system: You are a helpful assistant.
user:
Analyze the provided spectrum to determine if it is a **M-type Giant (gM)**.

A M-type Giant spectrum is defined by its **strong molecular absorption** features, particularly from **Titanium Oxide (TiO)**. You must check for one of the following mutually exclusive signatures:

- **Key Visual Indicators (Absorption-Dominated Spectrum):**

    - **(Primary):** The spectrum is dominated by strong molecular absorption from **Titanium Oxide (TiO)**. This is the **defining feature** of its M-type temperature class.
        - **(Key Bandheads):** Look for sharp, "saw-tooth" absorption valleys. The strongest are located near **~7050 Å**, **~6160 Å**, and **~5170 Å**.
        - **(Line Profile):** The "saw-tooth" morphology is critical: a **sharp, steep drop on the BLUE (short-wavelength) side** of the bandhead, followed by a gradual recovery (rising flux) towards the RED (long-wavelength) side.

    - **(Key Confirmation - Giant vs. Dwarf):** **ABSENCE** of strong **Calcium Hydride (CaH)** molecular bands. This is the primary diagnostic for *excluding* M-dwarfs.
        - **(Key Region):** The spectrum should lack the strong, broad absorption band seen in dwarfs between **~6800 Å and ~7000 Å**.

    - **(Secondary Confirmation - Giant):** A very strong and broad **Neutral Calcium (Ca I)** atomic absorption line.
        - **(Key Line):** Located at **~4226 Å**. In a giant (gM), this line is significantly deeper and broader than the same line in an M-dwarf (dM) due to low surface gravity.

    - **(Overall Spectrum):**
        - The continuum is **extremely red-sloping** (i.e., flux is very low in the blue and rises dramatically towards the red).
        - The entire spectrum appears "chopped up" by the deep TiO bands.

Think first, call **spectral_visualization_tool** if needed to examine features in detail, then provide your final answer. Your response must adhere to the following strict rules:
1.  **Overall Structure:** Your response must follow the format `<think>...</think> <tool_call>...</tool_call> (if a tool is used) <answer>...</answer>`.
2.  **Tool Usage Constraint:** You may only make **one** tool call per turn.
3.  **Final Answer Format:** In the `<answer>` tag, your conclusion must be inside a `\boxed{}` command (e.g., `\boxed{YES}` or `\boxed{NO}`), followed by your justification.

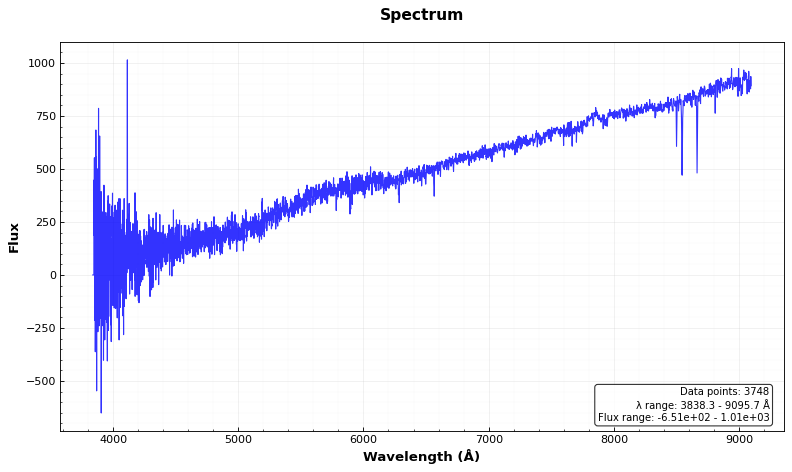
Answer: NO